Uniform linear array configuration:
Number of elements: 4
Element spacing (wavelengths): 0.5
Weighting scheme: exponential
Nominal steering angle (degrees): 0
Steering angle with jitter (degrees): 1.411
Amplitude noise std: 0.05
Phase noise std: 0.05

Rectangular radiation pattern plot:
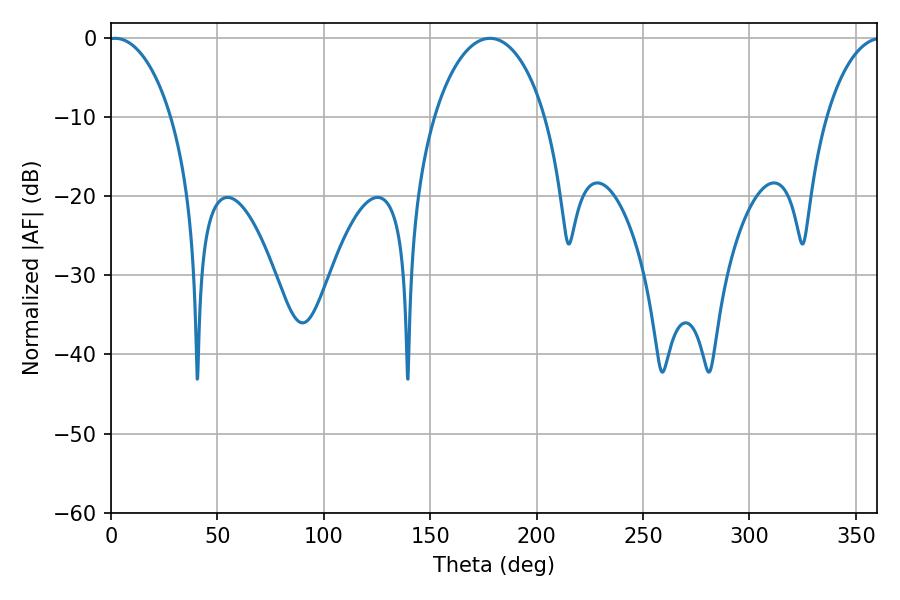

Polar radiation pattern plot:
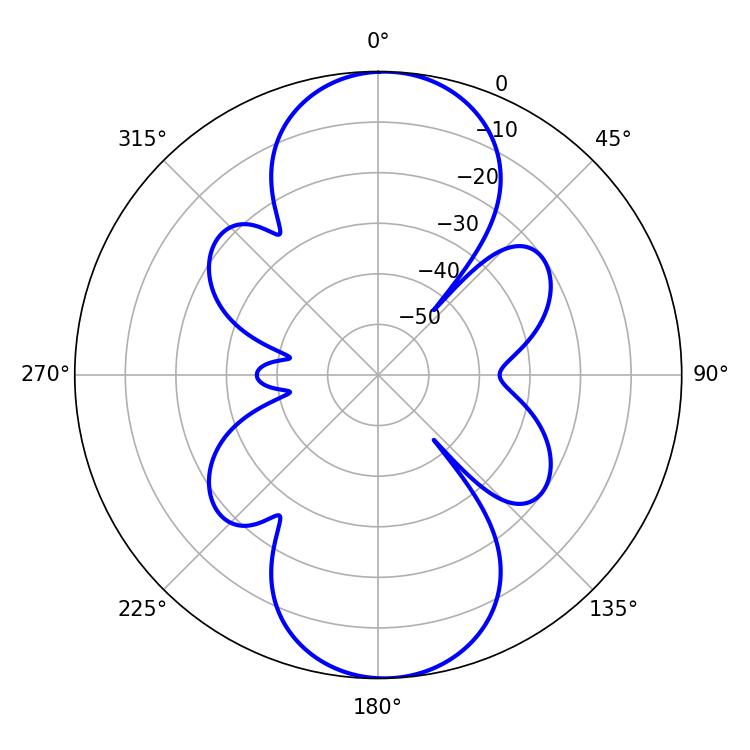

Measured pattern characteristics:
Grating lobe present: FALSE
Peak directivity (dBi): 17.443
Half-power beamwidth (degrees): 16.92
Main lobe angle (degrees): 1.98